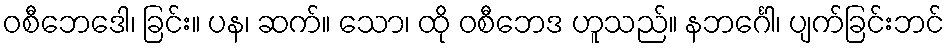
ဝစီဘေဒေါ၊ ခြင်း။ ပန၊ ဆက်။ သော၊ ထို ဝစီဘေဒ ဟူသည်။ နဘင်္ဂေါ၊ ပျက်ခြင်းဘင်